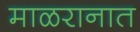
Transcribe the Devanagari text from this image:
माळरानात